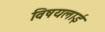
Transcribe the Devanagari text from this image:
विषयलाई